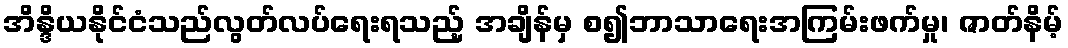
အိန္ဒိယနိုင်ငံသည်လွတ်လပ်ရေးရသည့် အချိန်မှ စ၍ဘာသာရေးအကြမ်းဖက်မှု၊ ဇာတ်နိမ့်